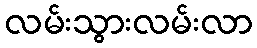
လမ်းသွားလမ်းလာ